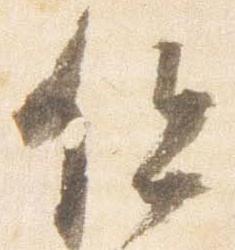
但